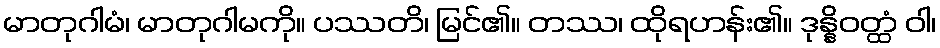
မာတုဂါမံ၊ မာတုဂါမကို။ ပဿတိ၊ မြင်၏။ တဿ၊ ထိုရဟန်း၏။ ဒုန္နိဝတ္ထံ ဝါ၊